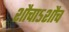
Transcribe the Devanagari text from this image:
शौचाऽशौच